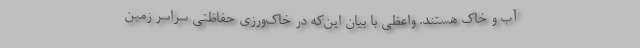
آب و خاک هستند. واعظی با بیان این‌که در خاک‌ورزی حفاظتی سراسر زمین